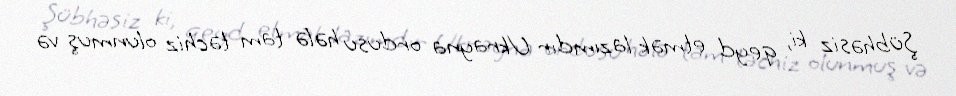
Şübhəsiz ki, qeyd etmək lazımdır Ukrayna ordusu hələ tam təchiz olunmuş və